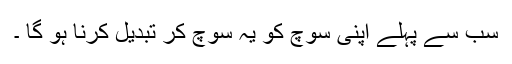
سب سے پہلے اپنی سوچ کو یہ سوچ کر تبدیل کرنا ہو گا ۔